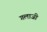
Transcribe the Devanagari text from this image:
गलाजी